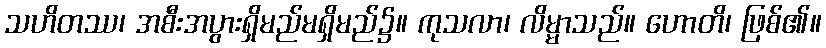
သဟိတဿ၊ အစီးအပွားရှိမည်မရှိမည်၌။ ကုသလာ၊ လိမ္မာသည်။ ဟောတိ၊ ဖြစ်၏။